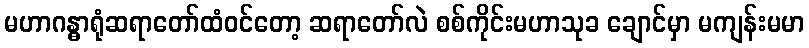
မဟာဂန္ဓာရုံဆရာတော်ထံဝင်တော့ ဆရာတော်လဲ စစ်ကိုင်းမဟာသုခ ချောင်မှာ မကျန်းမမာ